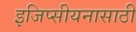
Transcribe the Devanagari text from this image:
इजिप्सीयनासाठी